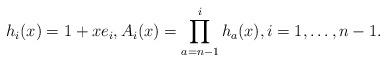
LaTeX: \begin{gather*}h_i(x) =1+x e_i, A_{i}(x)= \prod_{a=n-1}^{i} h_{a}(x),i=1,\ldots,n-1.\end{gather*}